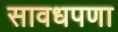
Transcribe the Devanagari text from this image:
सावधपणा